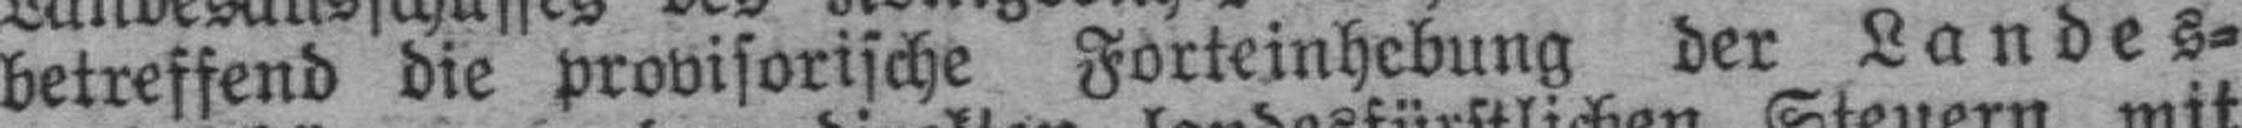
betreffend die provisorische Forteinhebung der Landes¬